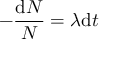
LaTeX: - { \frac { \mathrm { d } N } { N } } = \lambda \mathrm { d } t